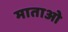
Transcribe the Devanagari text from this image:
माताओ